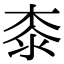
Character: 桼